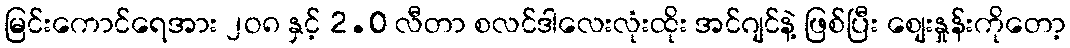
မြင်းကောင်ရေအား ၂ဝ၈ နှင့် 2.0 လီတာ စလင်ဒါလေးလုံးထိုး အင်ဂျင်နဲ့ ဖြစ်ပြီး စျေးနှုန်းကိုတော့